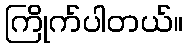
ကြိုက်ပါတယ်။